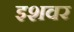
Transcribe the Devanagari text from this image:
इशवर